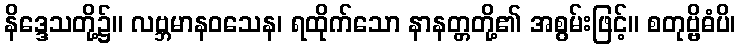
နိဒ္ဒေသတို့၌။ လဗ္ဘမာနဝသေန၊ ရထိုက်သော နာနတ္တတို့၏ အစွမ်းဖြင့်။ စတုဗ္ဗိဓံပိ၊